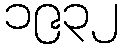
၁၉၃၂